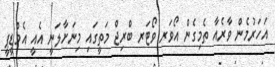
އަހަރުމެން ވާރެއާ ތެމިގެން އޯވަރ ވޯޓަރ ބްރިޖް މަތީގައި މިނަށާލަނީ އެއީ އެމްޑީޕީ